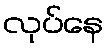
လုပ်နေ